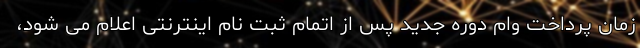
زمان پرداخت وام دوره جدید پس از اتمام ثبت نام اینترنتی اعلام می شود،